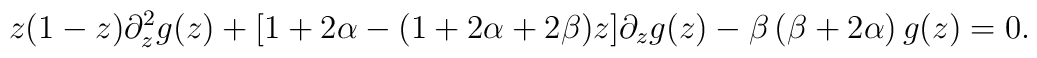
z(1-z)\partial_{z}^2 g(z) + [1+2\alpha -(1+2\alpha+2\beta)z]  \partial_{z}g(z) - \beta\left (\beta +2\alpha \right)g(z) =0.